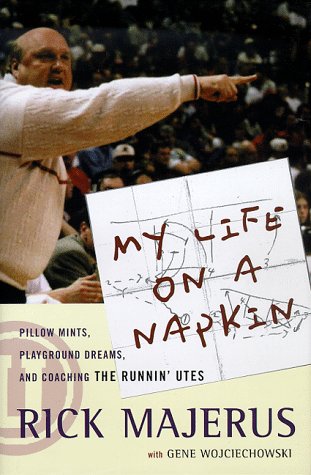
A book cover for My Life On a Napkin: Pillow Mints, Playground Dreams and Coaching the Runnin' Utes; Rick Majerus; Sports & Outdoors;